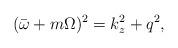
LaTeX: \begin{align*}(\bar{\omega}+m\Omega)^{2}=k_{z}^{2}+q^{2},\end{align*}